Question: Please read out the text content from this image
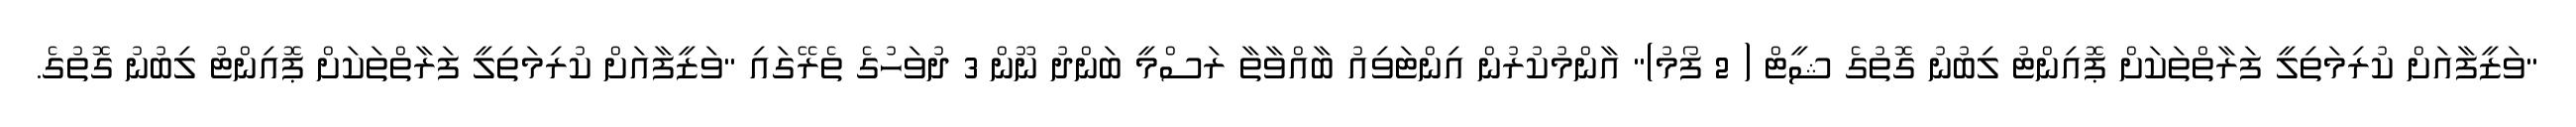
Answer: "ވަޒީފާއަށް ކުރިމަތިލީ ފަރާތްތަކަށް ޕޮއިންޓު ލިބުނު ގޮތުގެ ޝީޓް ( 2 ފޯމު)" އާންމުކުރުން އިންޓަވިއު ބާއްވާތާ ރަސްމީ ބަންދު ނޫން 3 ދުވަހުގެ ތެރޭގައި "ވަޒީފާއަށް ކުރިމަތިލީ ފަރާތްތަކަށް ޕޮއިންޓު ލިބުނު ގޮތުގެ.